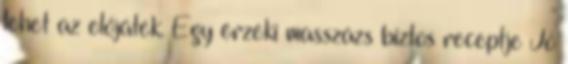
lehet az előjáték. Egy érzéki masszázs biztos receptje Jó